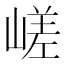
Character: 嵯